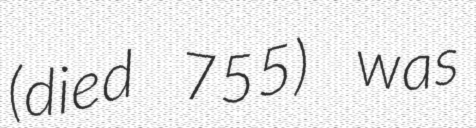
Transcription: (died 755) was